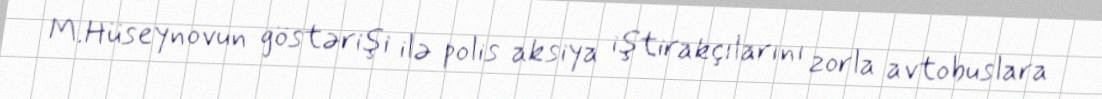
M.Hüseynovun göstərişi ilə polis aksiya iştirakçılarını zorla avtobuslara